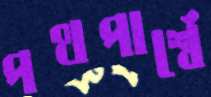
পথপার্শ্বে